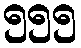
၅၅၅